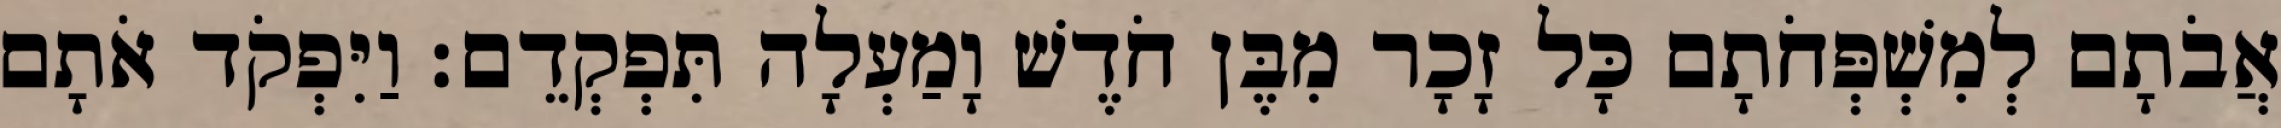
אֲבֹתָם לְמִשְׁפְּחֹתָם כָּל זָכָר מִבֶּן חֹדֶשׁ וָמַעְלָה תִּפְקְדֵם׃ וַיִּפְקֹד אֹתָם